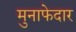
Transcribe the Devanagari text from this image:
मुनाफेदार